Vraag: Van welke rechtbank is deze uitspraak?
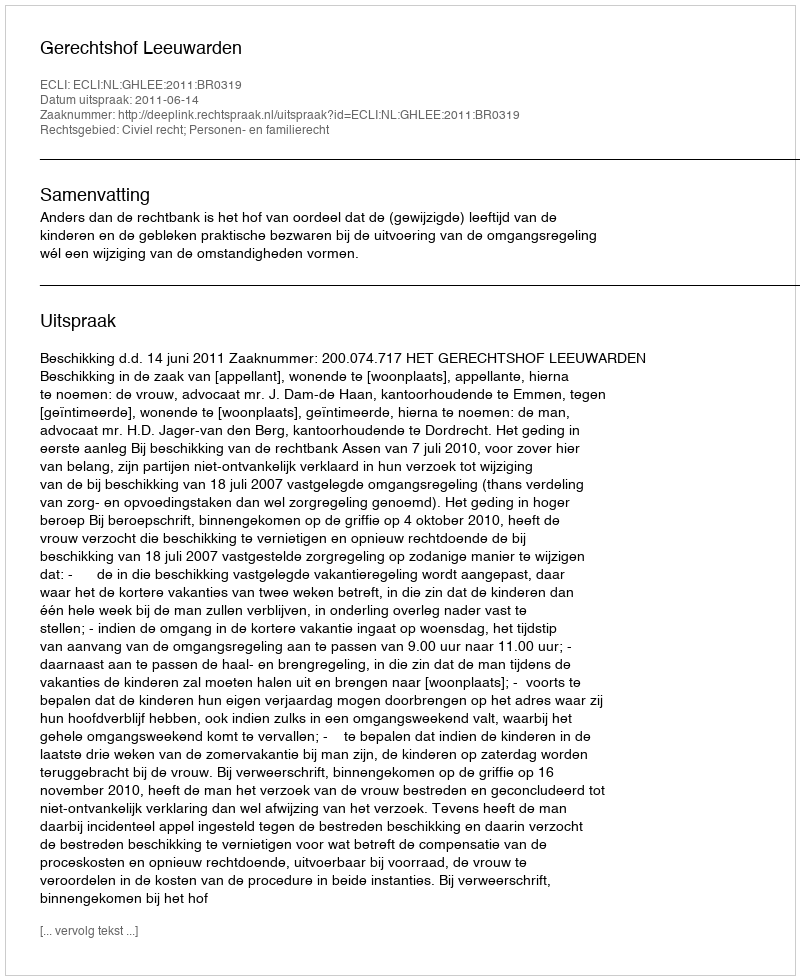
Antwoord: Gerechtshof Leeuwarden